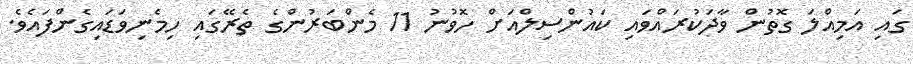
ގައި އަމިއްލަ ގޮތުން ވާދަކުރައްވައި ކައުންސިލްއަށް ހޮވުނު 11 މެންބަރުންގެ ތެރޭގައި ހިމެނިވަޑައިގެންފައެވެ.